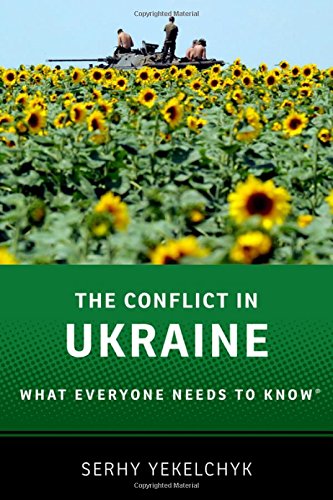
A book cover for The Conflict in Ukraine: What Everyone Needs to KnowÂ®; Serhy Yekelchyk; Law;